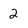
Character: 2